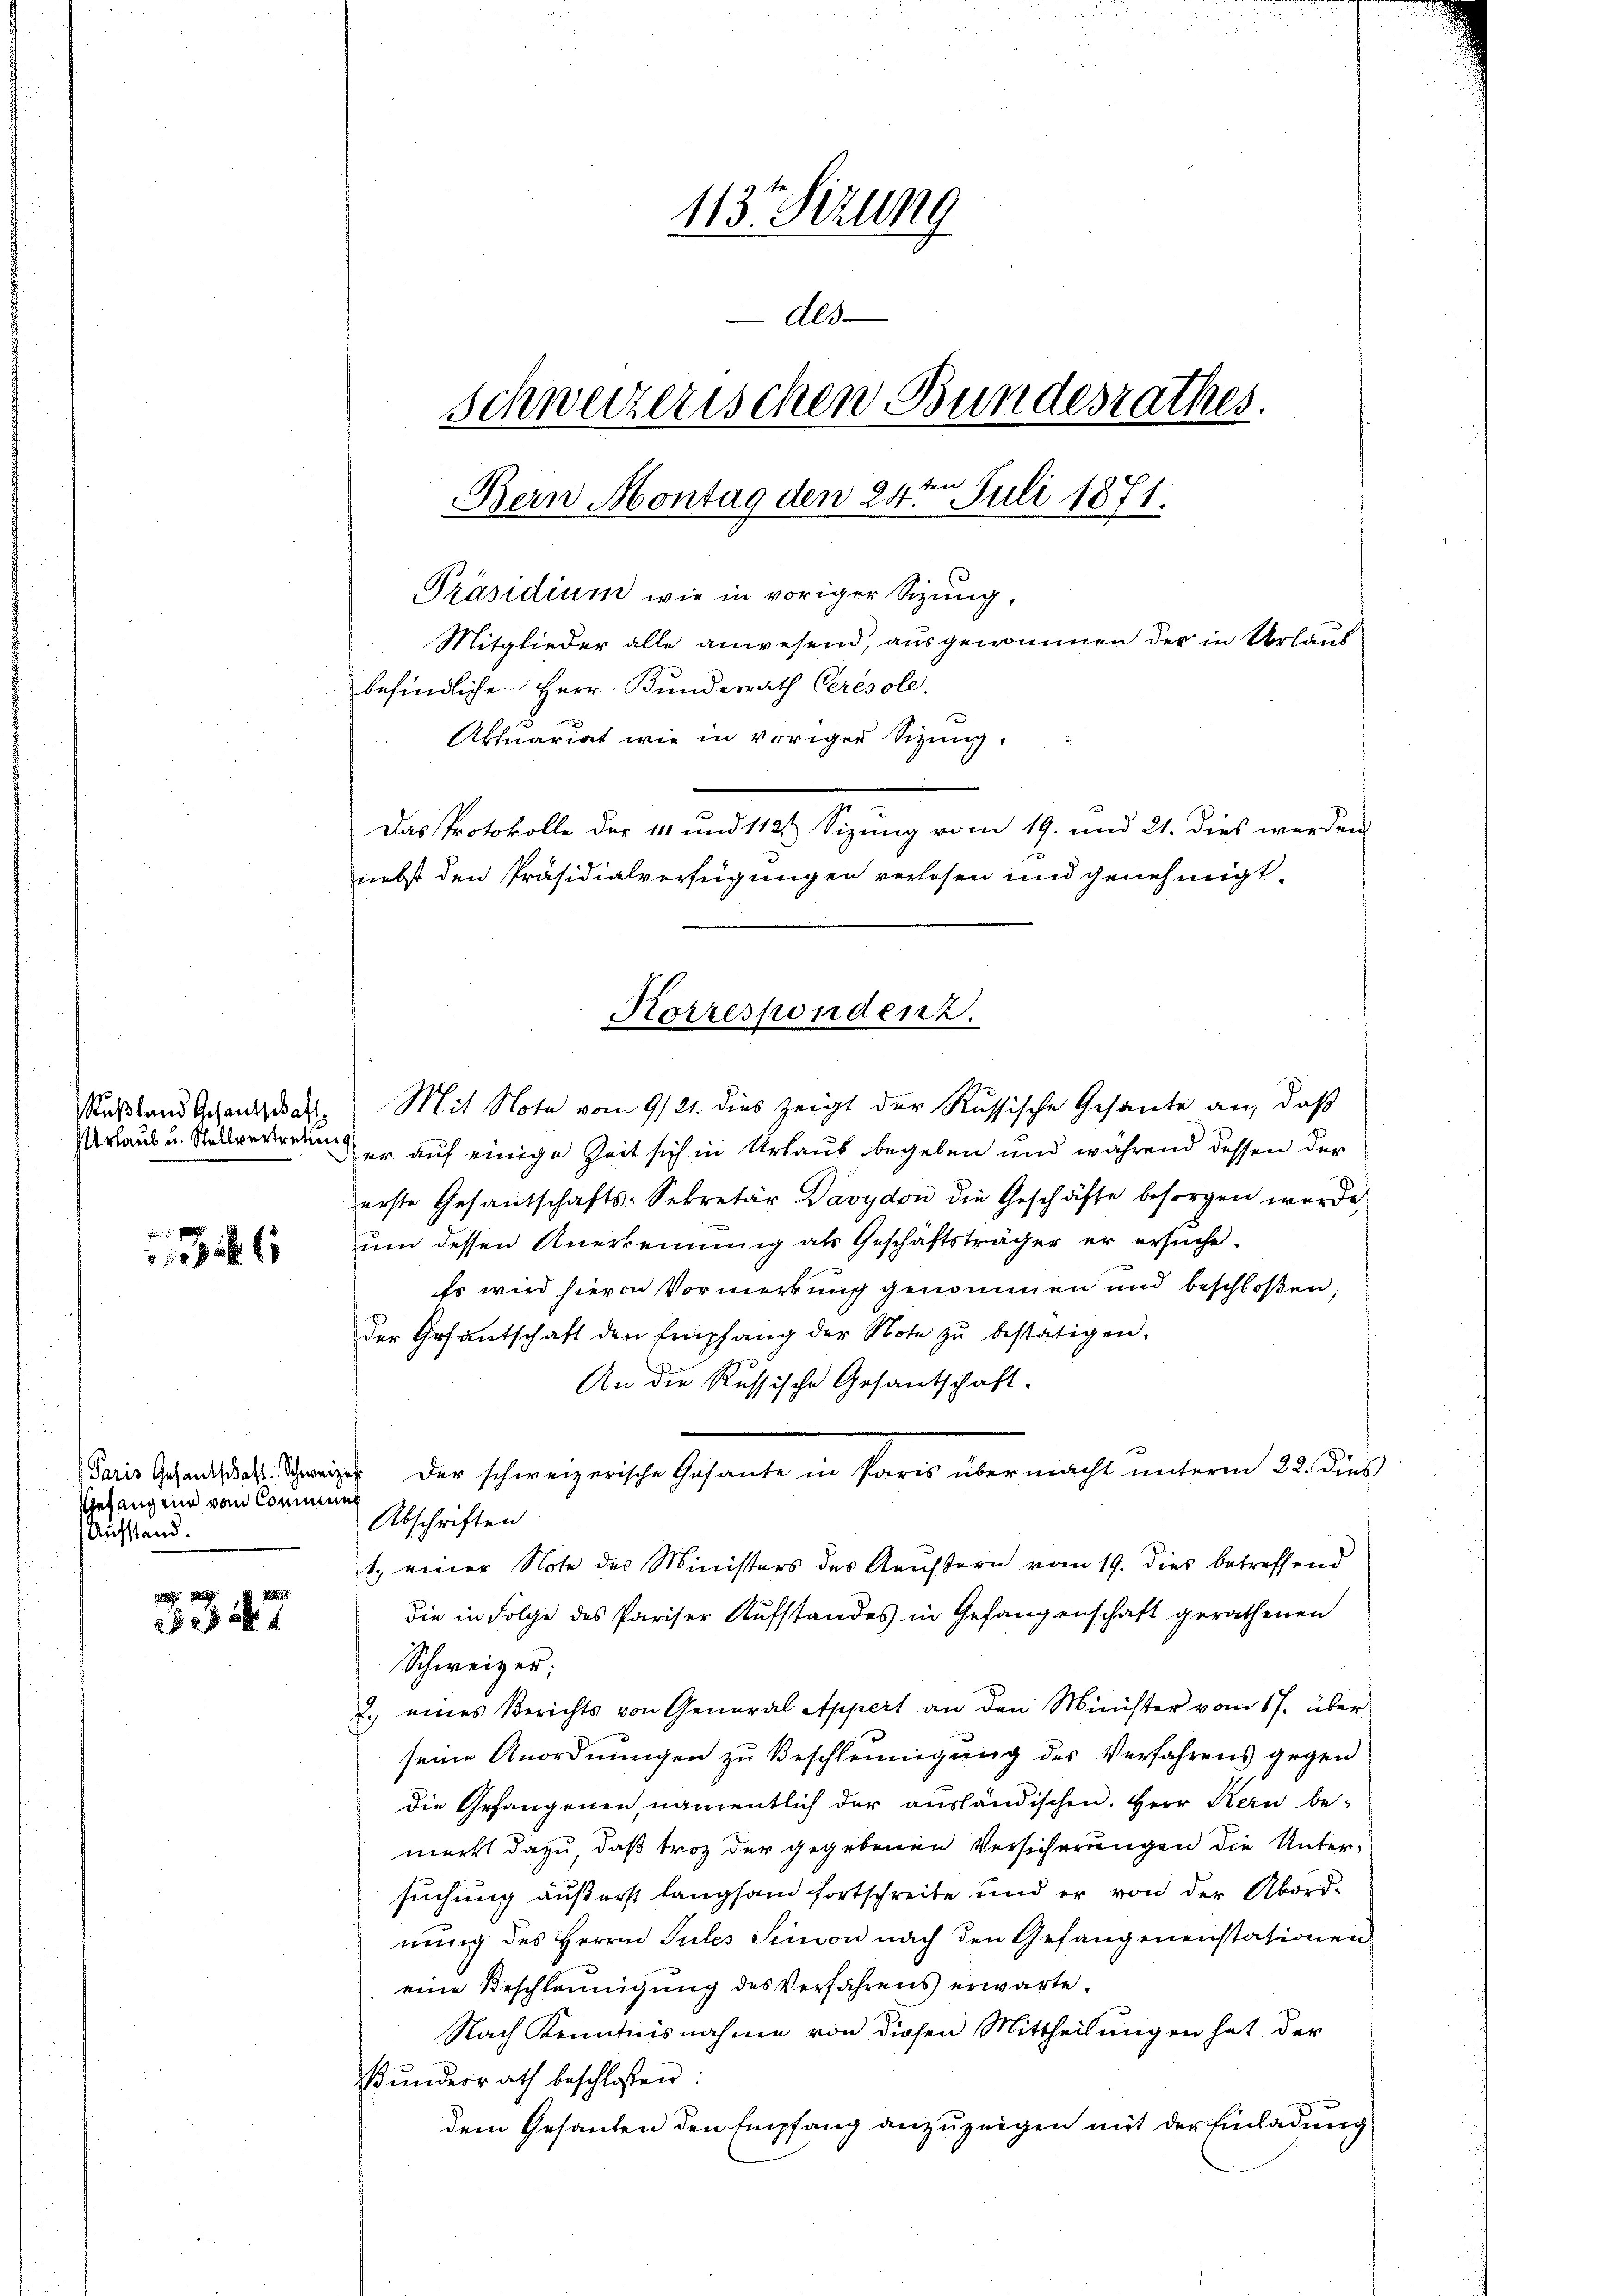
Rußland Gesandschaft
Urlaub u. Stellvertreten,

Paris Gesandtschaft. Schwei
Gefangene vom Commung
Aufstand.

3347

113. Sizung
des
schweizerischen Bundesrathes.
Bern Montag den 24ten Juli 1871.
Präsidium wie in voriger Sitzung,
Mitglieder alle anwesend, ausgenommen der in Urlaub
befindliche Herr Bundesrath Cerésole.
.
.
Aktuariat wie in voriger Sitzung.
Das Protokolle der 111 und 1121) Sizung vom 19. und 21. dies werden
nebst den Präsidialverfügungen verlesen und genehmigt.

Mit Note vom 9/21. dies zeigt der Russische Gesante an, daß
er auf einige Zeit sich in Urlaub begeben und während dessen der
erste Gesantschafts-Sekretär Davydon die Geschäfte besorgen werde.
um dessen Anerkennung als Geschäftsträger er ersuche.
Es wird hievon Vormerkung genommen und beschloßen,
der Gefantschaft den Empfang der Note zu bestätigen.
An die Russische Gesantschaft.
 der schweizerische Gesante in Paris übermacht unterm 22. Diel
Abschriften
1., einer Note des Ministers des Reustern vom 19. dies betreffend
die in Folge des Pariser Aufstandes in Gefangenschaft gerathenen
Schweizer;
2.) eines Berichts von General Appert an den Minister vom 17. über
seine Anordnungen zu Beschleunigung des Verfahrens gegen
die Gefangenen, namentlich der ausländischen. Herr Kern be-
merkt dazu, daß troz der gegebenen Versicherungen die Unter-
suchung äußerst langsam fortschreibe und er von der Abordnung des Herrn Siles Sinvon nach den Gefangenenstationen
eine Beschleunigung des Verfahrens erwarte.
Nach Kenntnisnahme von diesen Mittheilungen hat der
Bunderrath beschlossen:
dem Gesanten den Empfang anzuzeigen mit der Einladung

Korrespondenz.